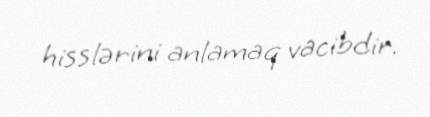
hisslərini anlamaq vacibdir.